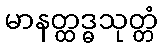
မာနတ္ထဒ္ဓသုတ္တံ